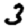
Digit: 3